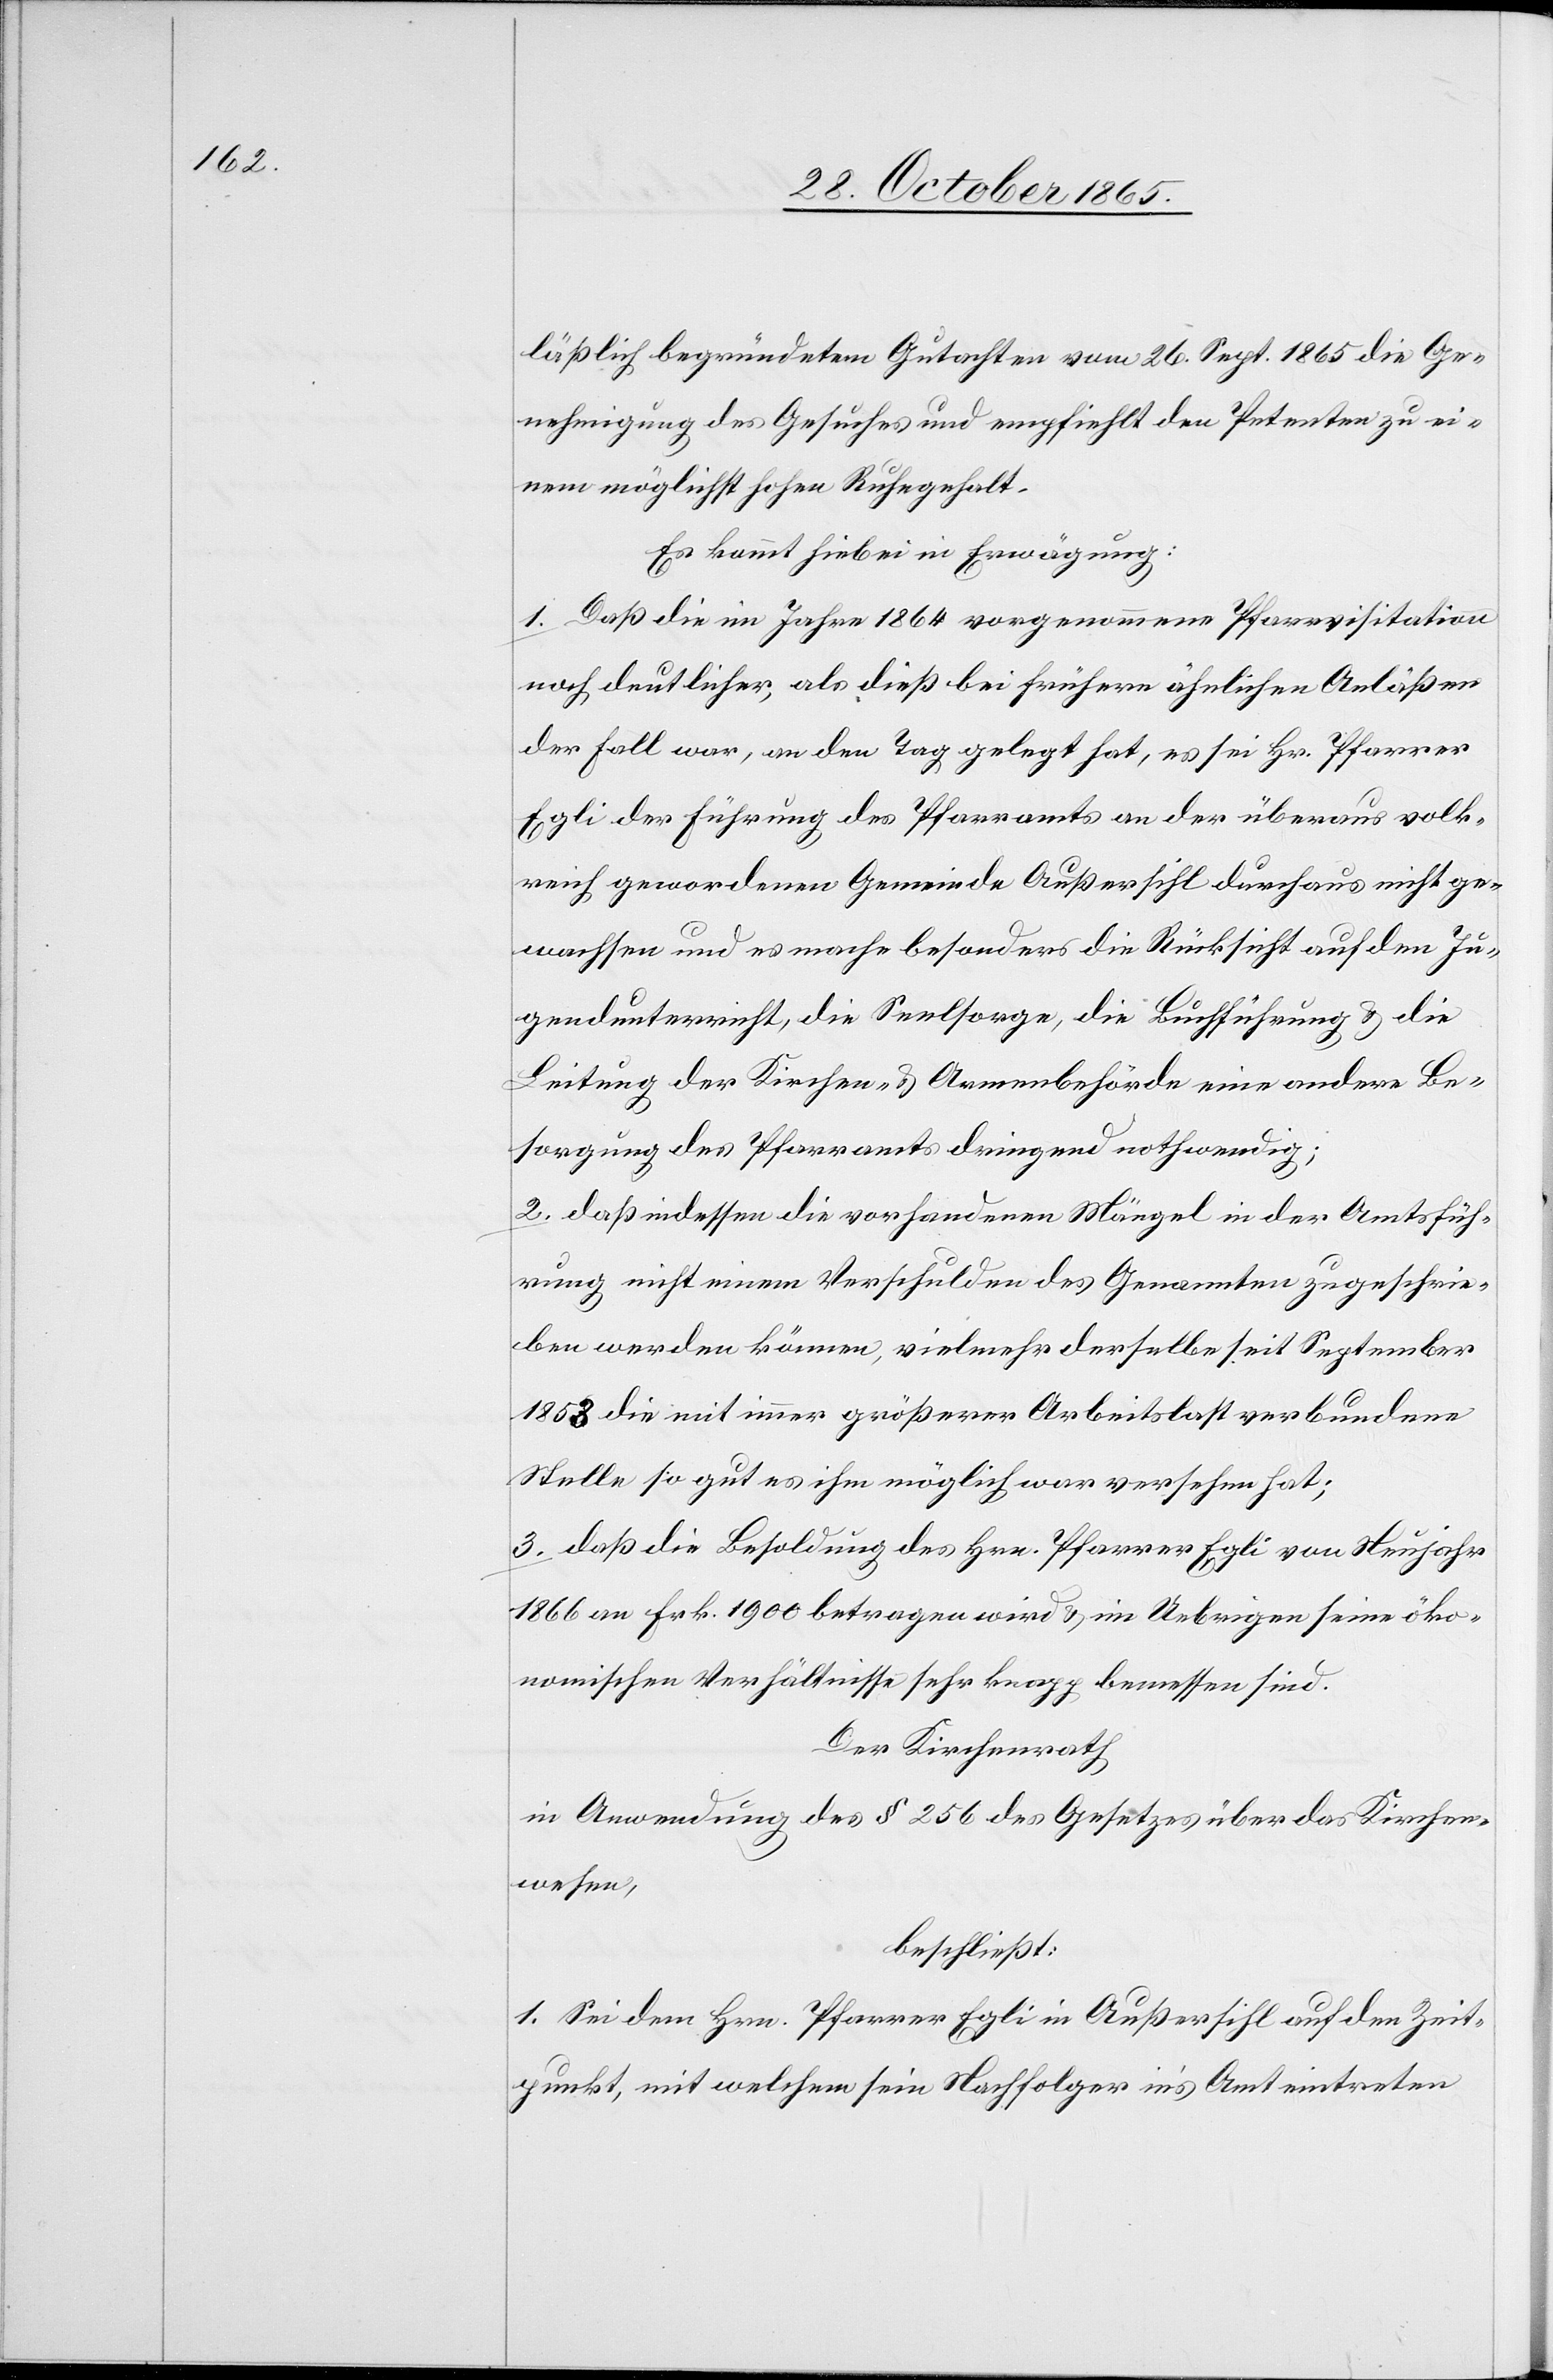
läßlich begründetem Gutachten vom 26. Sept. 1865 die Ge¬
nehmigung des Gesuches und empfiehlt den Petenten zu ei¬
nem möglichst hohen Ruhegehalt.
Es kommt hiebei in Erwägung:
1. Daß die im Jahre 1864 vorgenommene Pfarrvisitation
noch deutlicher, als dieß bei frühern ähnlichen Anläßen
der Fall war, an den Tag gelegt hat, es sei Hr. Pfarrer
Egli der Führung des Pfarramts an der überaus volk¬
reich gewordenen Gemeinde Außersihl durchaus nicht ge¬
wachsen und es mache besonders die Rücksicht auf den Ju¬
gendunterricht, die Seelsorge, die Buchführung & die
Leitung der Kirchen- & Armenbehörde eine andere Be¬
sorgung des Pfarramts dringend nothwendig;
2. daß indessen die vorhandenen Mängel in der Amtsfüh¬
rung nicht einem Verschulden des Genannten zugeschrie¬
ben werden können, vielmehr derselbe seit September
1853 die mit immer größerer Arbeitslast verbundene
Stelle so gut es ihm möglich war versehen hat;
3. daß die Besoldung des Hrn. Pfarrer Egli von Neujahr
1866 an Frk. 1900 betragen wird & im Uebrigen seine öko¬
nomischen Verhältnisse sehr knapp bemessen sind.
Der Kirchenrath,
in Anwendung des § 256 des Gesetzes über das Kirchen¬
wesen,
beschließt:
1. Sei dem Hrn. Pfarrer Egli in Außersihl auf den Zeit¬
punkt, mit welchem sein Nachfolger in’s Amt eintreten